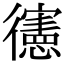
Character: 𢖘